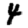
Digit: 4